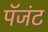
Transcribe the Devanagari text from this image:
पॅजंट